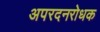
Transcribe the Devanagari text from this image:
अपरदनरोधक